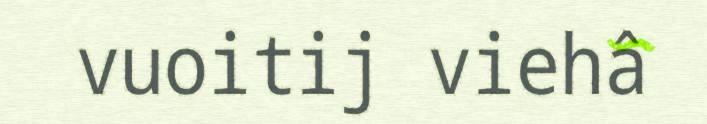
vuoitij viehâ